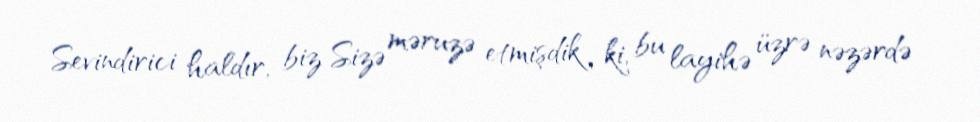
Sevindirici haldır, biz Sizə məruzə etmişdik ki, bu layihə üzrə nəzərdə